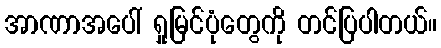
အာဏာအပေါ် ရှုမြင်ပုံတွေကို တင်ပြပါတယ်။